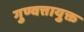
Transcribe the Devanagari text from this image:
गुण्वत्तायुक्त